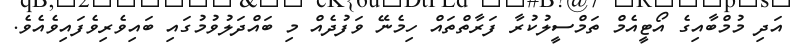
އަދި މުމްބާއިގެ އޯޓީއެމް ތަމްސީލުކުރާ ފަރާތްތައް ހިމެނޭ ވަފުދެއް މި ބައްދަލުވުމުގައި ބައިވެރިވެފައިވެއެވެ.